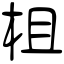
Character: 柤